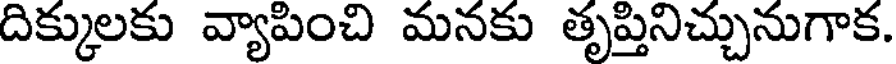
దిక్కులకు వ్యాపించి మనకు తృప్తినిచ్చునుగాక.